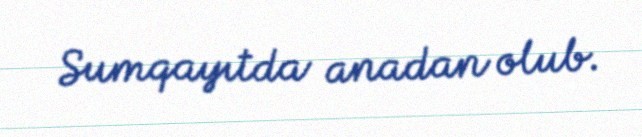
Sumqayıtda anadan olub.